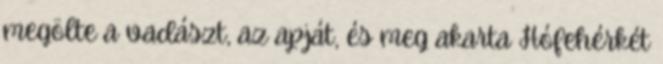
megölte a vadászt, az apját, és meg akarta Hófehérkét